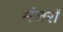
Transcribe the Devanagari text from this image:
मंजरों